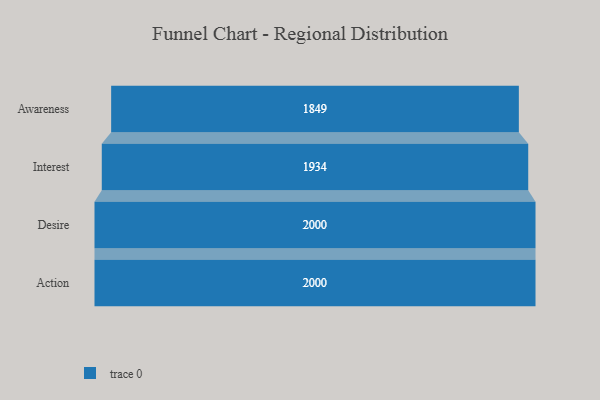
{"axis": {"x": "Stage", "y": "Value"}, "legend": [""], "data": [{"x": "Awareness", "y": 1849.0, "type": ""}, {"x": "Interest", "y": 1934.0, "type": ""}, {"x": "Desire", "y": 2000, "type": ""}, {"x": "Action", "y": 2000, "type": ""}]}